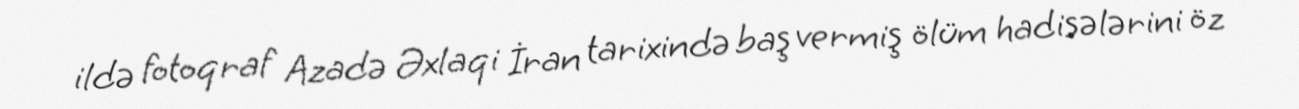
ildə fotoqraf Azadə Əxlaqi İran tarixində baş vermiş ölüm hadisələrini öz